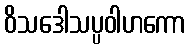
ဝိသဒေါသပ္ပဝါဟကော